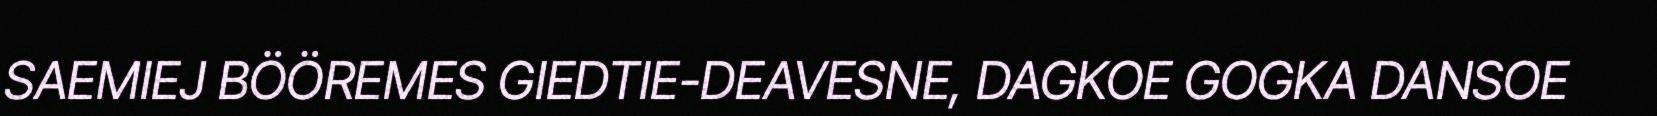
SAEMIEJ BÖÖREMES GIEDTIE-DEAVESNE, DAGKOE GOGKA DANSOE